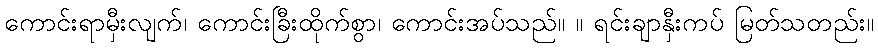
ကောင်းရာမှီးလျက်၊ ကောင်းခြီးထိုက်စွာ၊ ကောင်းအပ်သည်။ ။ ရင်းချာနှီးကပ် မြတ်သတည်း။